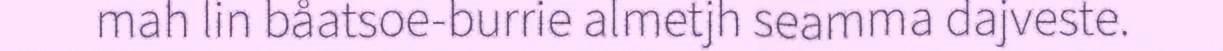
mah lin båatsoe-burrie almetjh seamma dajveste.